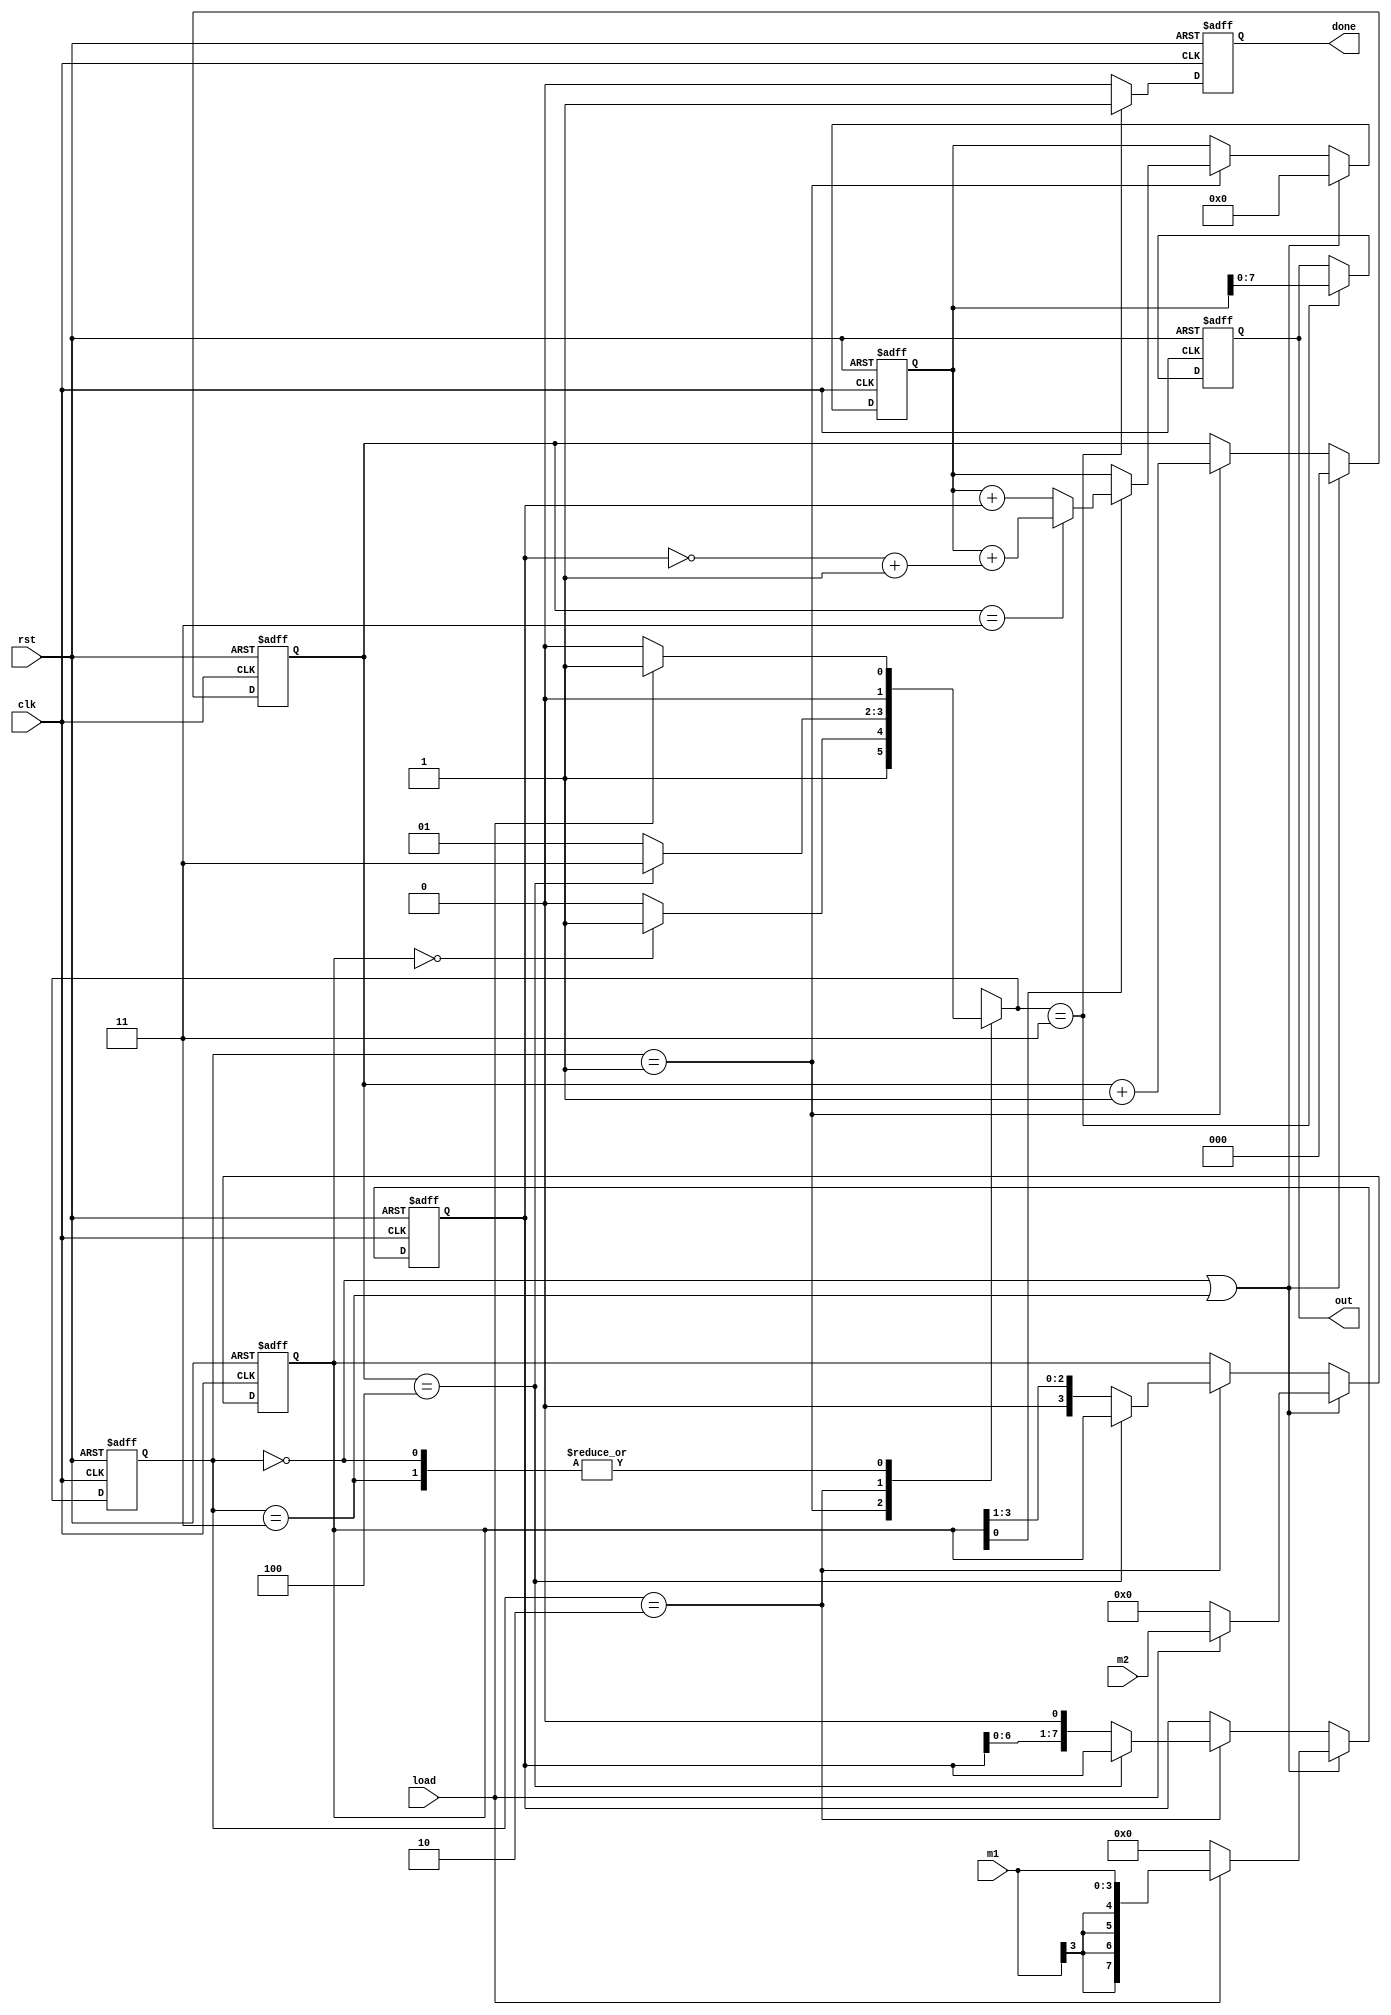
module Multiplier (
                   input clk, rst,
                   input load,
                   input [3:0] m1, m2,
                   output reg done,
                   output reg [7:0] out
                  );

reg [7:0] in1;
reg [3:0] in2;
reg [8:0] reg_out;
reg [2:0] cnt;
reg [1:0] state, nstate;

parameter init = 2'b00, Add = 2'b01, Shift = 2'b10, Sum = 2'b11;


//state description
always @(state, load, in2, cnt)
begin
     case (state)
         init: nstate = load ? Add : init;
	 Add: nstate = (in2 == 4'd0) ? Sum : Shift;
         Shift: nstate = (cnt == 3'd4) ? Sum : Add;
         Sum: nstate = load ? Add : init;
     endcase
end

always @(posedge clk, posedge rst)
begin
     if (rst)
       state <= init;
     else
       state <= nstate;
end

// load input, shift register
always @(posedge clk, posedge rst)
begin
     if (rst)
     begin
          in1 <= 8'd0;
          in2 <= 4'd0;
     end
     else if (state == init || state == Sum)
     begin
          if (load)
          begin
               in1 <= {{4{m1[3]}}, m1};
               in2 <= m2;
          end
          else
          begin
               in1 <= 8'd0;
               in2 <= 4'd0;
          end
     end
	  else if (state == Shift)
	  begin
	       in1 <= (cnt == 3'd4) ? in1 : (in1 << 1);
	       in2 <= (cnt == 3'd4) ? in2 : (in2 >> 1);
	  end
end

//multiplier
always @(posedge clk, posedge rst)
begin
     if (rst)
       reg_out <= 9'd0;
     else if (state == init || state == Sum)
       reg_out <= 9'd0;
     else
     begin
          if (state == Add)
            reg_out <= in2[0] ? ((cnt == 3'd3) ? (reg_out + (~in1 + 8'd1)) : (reg_out + in1)) : reg_out;
          else
            reg_out <= reg_out;
     end
end

// counter
always @(posedge clk, posedge rst)
begin
     if (rst)
       cnt <= 3'd0;
	  else
	  begin
	  if (state == init || state == Sum)
              cnt <= 3'd0;
          else if (state == Add)
              cnt <= cnt + 3'd1;
	  end
end

//Output
always @(posedge clk, posedge rst)
begin
    if (rst)
	 begin
	      out <= 8'd0;
	      done <= 1'b0;
	 end
	 else
	 begin
	      if (nstate == Sum)
	      begin
	           out <= reg_out[7:0];
		   done <= 1'b1;
	      end
	      else
	      begin
		   done <= 1'b0;
	      end
    end
end

endmodule